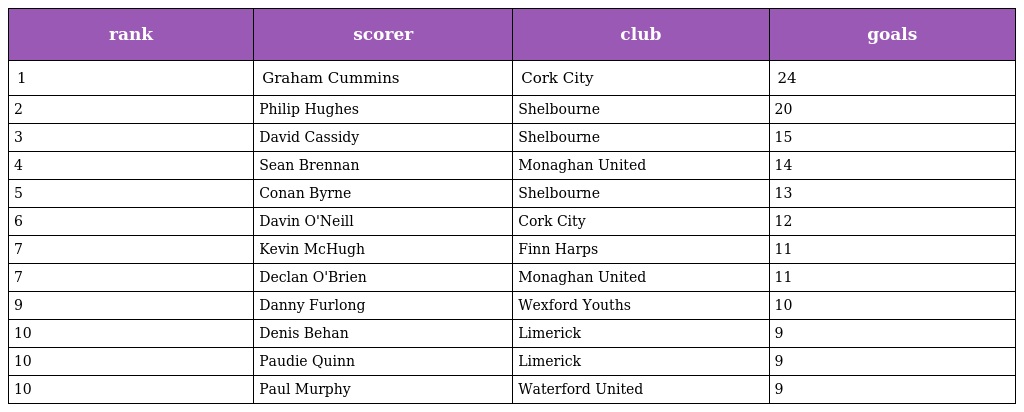
| rank | scorer | club | goals |
 | --- | --- | --- | --- |
 | 1 | Graham Cummins | Cork City | 24 |
 | 2 | Philip Hughes | Shelbourne | 20 |
 | 3 | David Cassidy | Shelbourne | 15 |
 | 4 | Sean Brennan | Monaghan United | 14 |
 | 5 | Conan Byrne | Shelbourne | 13 |
 | 6 | Davin O'Neill | Cork City | 12 |
 | 7 | Kevin McHugh | Finn Harps | 11 |
 | 7 | Declan O'Brien | Monaghan United | 11 |
 | 9 | Danny Furlong | Wexford Youths | 10 |
 | 10 | Denis Behan | Limerick | 9 |
 | 10 | Paudie Quinn | Limerick | 9 |
 | 10 | Paul Murphy | Waterford United | 9 |